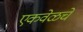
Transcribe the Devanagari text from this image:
एकवेळचे